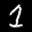
Label: 1